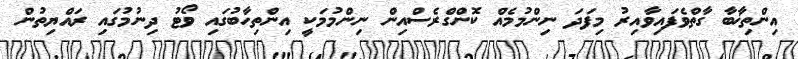
އިންތިޚާބާ ގާތްވެފައިވާއިރު މިފަދަ ނިންމުމެއް ކޮންގްރެސްއިން ނިންމުމަކީ އިންތިހާބުގައި ވޯޓު ދިނުމުގައި ރައްޔިތުން